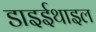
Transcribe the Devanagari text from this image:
डाइईथाइल